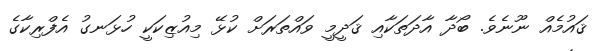
ޤައުމެއް ނޫނެވެ. ބޯދާ އާދަތަކާއި ޤަދީމީ ވައްތަރަށް ކުޅޭ މިއުޒިކަކީ ހުޅަނގު އެފްރިކާގެ